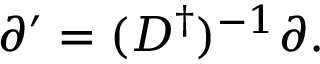
\partial ^ { \prime } = ( D ^ { \dag } ) ^ { - 1 } \partial .